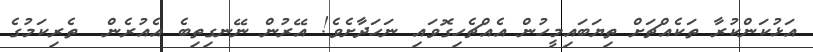
އަޅުކަންކުރާ ތަކެއްޗަށް ތިޔަބައިމީހުން އެއްޗެހިގޮވައި ނަހަދާށެވެ! އޭރުން ނޭނގިތިބެ އެއުރެން  ތެރިކަމުގެ